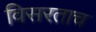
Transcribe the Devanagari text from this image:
विसरताच